Report on vaccination in Madras 1895-1903 - 1895-1903
Year: 1895
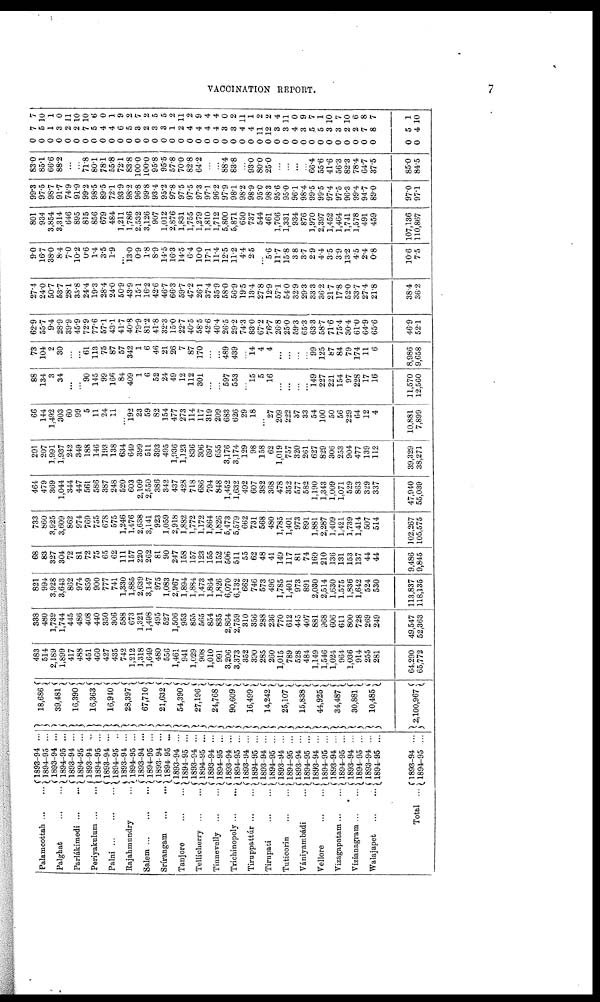
VACCINATION REPORT.
7
Palamcottah ... ...
Palghat
...
...
Parlákimedi
...
...
Periyakulum ... ...
Palni
...
...
...
Rajahmundry ...
Salem
...
...
...
Srírangam
...
...
Tanjore
...
...
Tellicherry
...
...
Tinnevelly
...
...
Trichinopoly ... ...
Tiruppattúr ... ...
Tirupati
...
...
Tuticorin
...
...
Vániyambádi
...
Vellore
...
...
Vizagapatam ... ...
Vizianagram ...
...
Walajapet
...
...
Total ...
1893-94 ...
1894-95 ...
1893-94 ...
1894-95 ...
1893-94 ...
1894-95 ...
1893-94 ...
1894-95 ...
1893-94 ...
1894-95 ...
1893-94 ...
1894-95 ...
1893-94 ...
1894-95 ...
1893-94 ...
1894-95 ...
1893-94 ...
1894-95 ...
1893-94 ...
1894-95 ...
1893-94 ...
1894-95 ...
1893-94 ...
1894-95 ...
1893-94 ...
1894-95 ...
1893-94 ...
1894-95 ...
1893-94 ...
1894-95 ...
1893-94 ...
1894-95 ...
1893-94 ...
1894-95 ...
1893-94 ...
1894-95 ...
1893-94 ...
1894-95 ...
1893-94 ...
1894-95 ...
1893-94 ...
1894-95 ...
18,686
39,481
16,390
16,363
16,940
28,397
67,710
21,632
54,390
27,196
24,768
90,609
16,499
14,242
25,107
15,838
44,925
34,487
30,881
10,485
2,100,967
483
514
2,189
1,899
417
488
451
460
427
435
742
1,212
1,318
1,649
480
556
1,461
941
1,029
908
1,010
991
3,206
3,373
352
390
285
260
1,015
789
528
484
1,149
1,546
1,024
964
1,036
914
255
281
64,290
65,772
338
480
1,739
1,744
445
486
408
440
350
306
588
673
1,321
1,498
495
527
1,506
953
855
565
854
835
2,864
2,759
310
356
288
236
770
612
445
407
881
968
606
611
800
728
269
249
49,547
52,363
821
994
3,928
3,643
862
974
859
900
777
741
1,330
1,885
2,639
3,147
975
1,083
2,967
1,894
1,884
1,473
1,864
1,826
6,070
6,132
662
746
573
496
1,785
1,401
973
891
2,030
2,514
1,630
1,575
1,836
1,642
524
530
113,837
118,135
68
83
327
304
72
81
72
75
65
62
111
157
220
262
81
90
247
158
157
123
155
152
506
511
55
62
48
41
149
117
81
74
169
210
136
131
153
137
44
44
9,486
9,845
733
860
3,925
3,609
862
974
769
755
678
575
1,246
1,476
2,638
3,141
923
1,059
2,918
1,882
1,772
1,172
1,864
1,826
5,473
5,579
662
731
568
480
1,785
1,401
973
891
1,881
2,287
1,409
1,421
1,739
1,414
507
514
102,267
105,575
464
479
369
1,044
344
447
561
586
387
248
520
603
2,109
2,550
386
342
437
428
718
686
794
848
1,452
1,632
492
607
382
368
478
352
577
582
1,190
1,343
1,009
1,071
529
863
329
337
47,940
55,039
201
207
1,991
1,937
242
349
188
146
198
138
634
649
399
511
393
495
1,936
1,123
836
306
697
655
3,176
3,174
129
98
158
62
1,019
757
320
261
627
829
306
253
904
477
139
112
39,329
38,271
66
144
1,492
303
60
99
5
11
24
11
...
192
23
59
82
154
477
273
114
117
319
209
683
626
29
18
...
27
209
222
37
33
54
100
50
56
229
64
12
4
10,881
7,899
88
134
3
34
...
...
90
145
99
166
84
409
1
6
52
24
49
12
112
301
...
...
597
553
...
15
5
16
...
...
...
... 149
227
221
154
97
228
17
16
11,570
12,560
73
104
2
30
...
... 61
113
75
87
57
342
1
6
46
21
26
7
87
170
...
...
489
439
...
14
4
4
...
...
...
...
99
125
87
84
79
174
11
6
8,986
9,658
62.9
55.7
9.4
28.9
39.9
45.9
72.9
77.6
57.1
43.1
41.7
40.8
79.9
81.2
41.8
32.3
15.0
22.7
40.5
58.5
42.6
46.4
26.5
29.2
74.3
83.0
67.2
76.7
26.8
25.0
59.3
65.3
63.3
58.7
71.6
75.4
30.4
61.0
64.9
65.6
46.9
52.1
27.4
24.0
50.7
537
28.1
35.8
24.4
19.3
28.4
24.0
50.9
43.9
15.1
16.2
42.6
46.7
66.3
59.7
47.2
26.1
37.4
35.9
58.0
56.9
19.5
13.4
27.8
12.9
57.1
54.0
32.9
29.3
33.3
36.2
21.7
17.8
52.0
33.7
27.4
21.8
38.4
36.2
9.0
16.7
38.0
8.4
7.0
10.2
0.6
1.4
3.5
1.9
... 130
0.9
1.8
8.9
14.5
16.3
14.5
6.4
10.0
17.1
11.4
12.5
11.2
4.4
2.5
...
56
11.7
15.8
3.8
3.7
2.9
4.4
3.5
3.9
13.2
4.5
2.4
0.8
10.6
7.5
801
934
3,854
3,314
646
895
815
856
679
484
1,211
1,786
2,532
3,126
907
1,012
2,876
1,831
1,755
1,279
1,810
1,712
5,800
5,871
650
737
544
461
1,706
1,331
934
876
1,970
2,397
1,452
1,464
1,741
1,578
491
459
107,136
110,867
99.3
97.5
98.7
91.7
74.9
91.9
99.
98.5
89.5
72.1
93.9
98.2
96.8
99.8
93.4
95.2
97.8
97.5
97.5
97.3
97.1
96.2
97.9
98.1
98.2
98.9
95.0
98.3
95.6
95.0
96.1
98.4
99.5
99.5
97.4
97.5
96.3
99.4
94.7
89.0
97.0
97.1
83.0
85.1
66.6
88.2
...
...
71.8
80.1
78.1
55.8
72.1
83.8
100.0
100.0
95.8
95.5
57.8
70.0
82.8
64.2
...
...
88.4
83.8
...
93.0
80.0
25.0
...
...
...
...
66.4
55.6
41.6
56.3
82.3
78.4
64.7
37.5
85.0
84.5
0
0
0
0
0
0
0
0
0
0
0
0
0
0
0
0
0
0
0
0
0
0
0
0
0
0
0
0
0
0
0
0
0
0
0
0
0
0
0
0
0
0
7
5
1
3
2
2
7
5
4
4
6
5
3
2
3
8
1
2
4
4
4
4
3
3
4
4
11
12
3
3
4
3
5
5
3
3
2
2
7
8
5
4
7
10
1
0
11
10
10
6
0
1
9
2
7
2
5
5
2
11
2
9
4
4
0
2
11
1
2
2
4
11
0
9
7
1
10
7
10
6
8
7
1
10